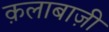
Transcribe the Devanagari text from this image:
क़लाबाज़ी